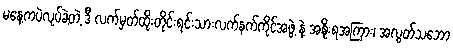
မနေ့ကပဲလုပ်ခဲ့တဲ့ ဒီ လက်မှတ်ထိုးတိုင်းရင်းသားလက်နက်ကိုင်အဖွဲ့ နဲ့ အစိုးရအကြား၊ အလွတ်သဘော